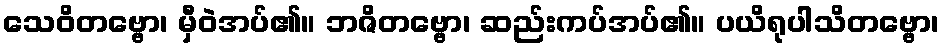
သေဝိတဗ္ဗော၊ မှီဝဲအပ်၏။ ဘဇိတဗ္ဗော၊ ဆည်းကပ်အပ်၏။ ပယိရုပါသိတဗ္ဗော၊